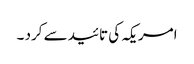
امریکہ کی تائید سے کرد ۔